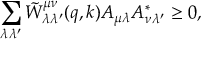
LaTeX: \sum _ { \lambda \lambda ^ { \prime } } \tilde { W } _ { \lambda \lambda ^ { \prime } } ^ { \mu \nu } ( q , k ) A _ { \mu \lambda } A _ { \nu \lambda ^ { \prime } } ^ { \ast } \geq 0 ,